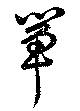
箪